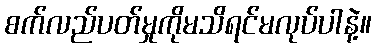
စက်လည်ပတ်မှုကိုမသိရင်မလုပ်ပါနဲ့။